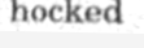
hocked